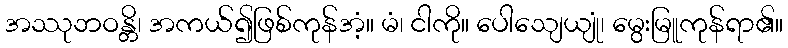
အဿုဘဝန္တိ၊ အကယ်၍ဖြစ်ကုန်အံ့။ မံ၊ ငါကို။ ပေါသျေယျုံ၊ မွေးမြူကုန်ရာ၏။